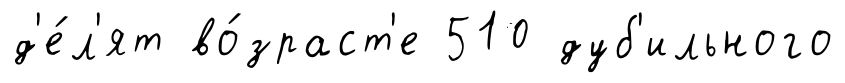
д'е́л'ят во́зраст'е 510 дуб'ильного